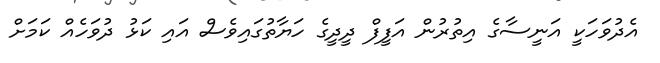
އެދުވަހަކީ އަނީސާގެ އިތުރުން އަފީފް ދީދީގެ ހަޔާތުގައިވެސް އައި ކަޅު ދުވަހެއް ކަމަށް